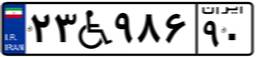
۲۳W۹۸۶۹۰